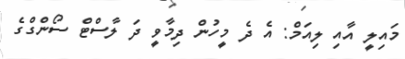
މައިލީ އާއި ލިއަމް: އެ ދެ މީހުން ދިމާވީ ދަ ލާސްޓް ސޯންގްގެ